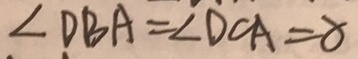
\angle D B A = \angle D C A = 8